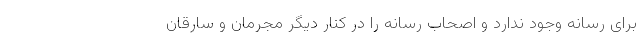
برای رسانه وجود ندارد و اصحاب رسانه را در کنار دیگر مجرمان و سارقان